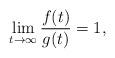
LaTeX: \begin{align*}\lim_{t\rightarrow \infty}\frac{f(t)}{g(t)} = 1,\end{align*}